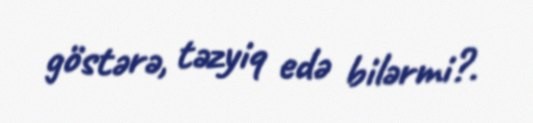
göstərə, təzyiq edə bilərmi?.